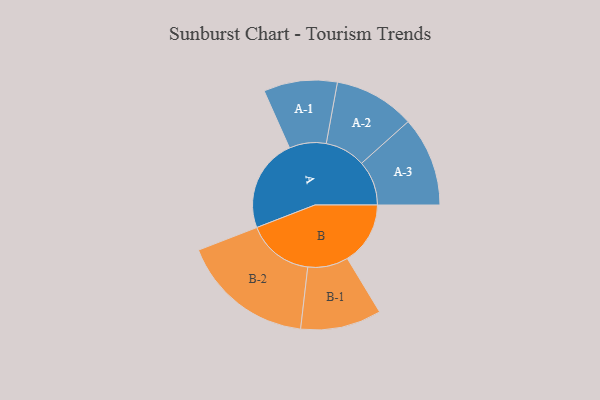
{"axis": {"x": "Segment", "y": "Value"}, "legend": ["", "A", "B"], "data": [{"x": "A", "y": 385, "type": ""}, {"x": "B", "y": 260, "type": ""}, {"x": "A-1", "y": 152, "type": "A"}, {"x": "A-2", "y": 167, "type": "A"}, {"x": "A-3", "y": 185, "type": "A"}, {"x": "B-1", "y": 167, "type": "B"}, {"x": "B-2", "y": 275, "type": "B"}]}